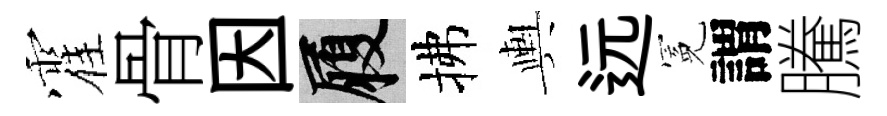
霍骨因履拂輿远冕謂騰